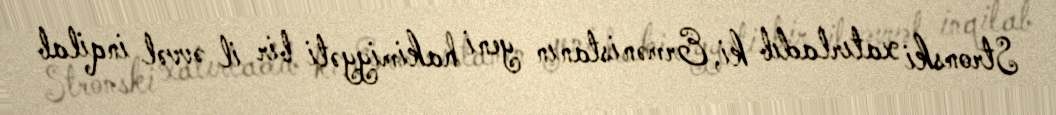
Stronski xatırladıb ki, Ermənistanın yeni hakimiyyəti bir il əvvəl inqilab